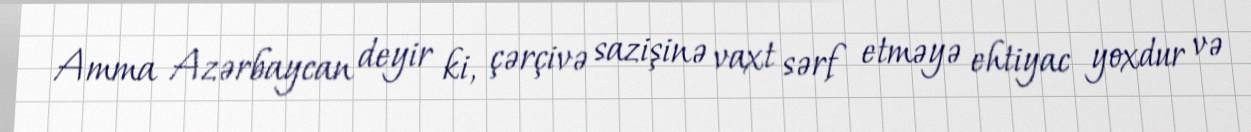
Amma Azərbaycan deyir ki, çərçivə sazişinə vaxt sərf etməyə ehtiyac yoxdur və